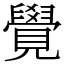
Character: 覺